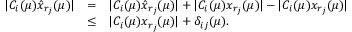
\begin{array} { r c l } { | C _ { i } ( \mu ) \hat { x } _ { r _ { j } } ( \mu ) | } & { = } & { | C _ { i } ( \mu ) \hat { x } _ { r _ { j } } ( \mu ) | + | C _ { i } ( \mu ) x _ { r _ { j } } ( \mu ) | - | C _ { i } ( \mu ) x _ { r _ { j } } ( \mu ) | } \\ & { \leq } & { | C _ { i } ( \mu ) x _ { r _ { j } } ( \mu ) | + \delta _ { i j } ( \mu ) . } \end{array}